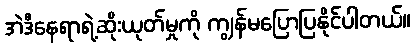
အဲဒီနေရာရဲ့ဆိုးယုတ်မှုကို ကျွန်မပြောပြနိုင်ပါတယ်။